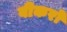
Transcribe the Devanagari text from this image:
बीकरों